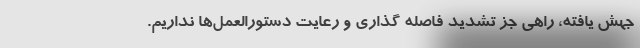
جهش یافته، راهی جز تشدید فاصله گذاری و رعایت دستورالعمل‌ها نداریم.